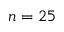
n = 2 5